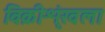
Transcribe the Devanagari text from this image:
विक्रीशृंखला